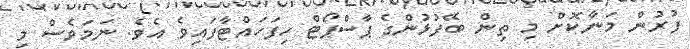
ފުރުން މަނާކޮށް މި ތިން ބޭފުޅުންގެ ޕާސްޕޯޓް ހިފަހައްޓާފައިވެ އެވެ. ނަމަވެސް މި